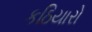
કઠિયારો